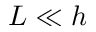
L \ll h